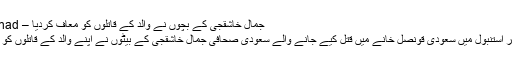
جمال خاشقجی کے بچوں نے والد کے قاتلوں کو معاف کردیا – Daily Ittehad
رکی کے شہر استنبول میں سعودی قونصل خانے میں قتل کیے جانے والے سعودی صحافی جمال خاشقجی کے بیٹوں نے اپنے والد کے قاتلوں کو معاف کردیا۔